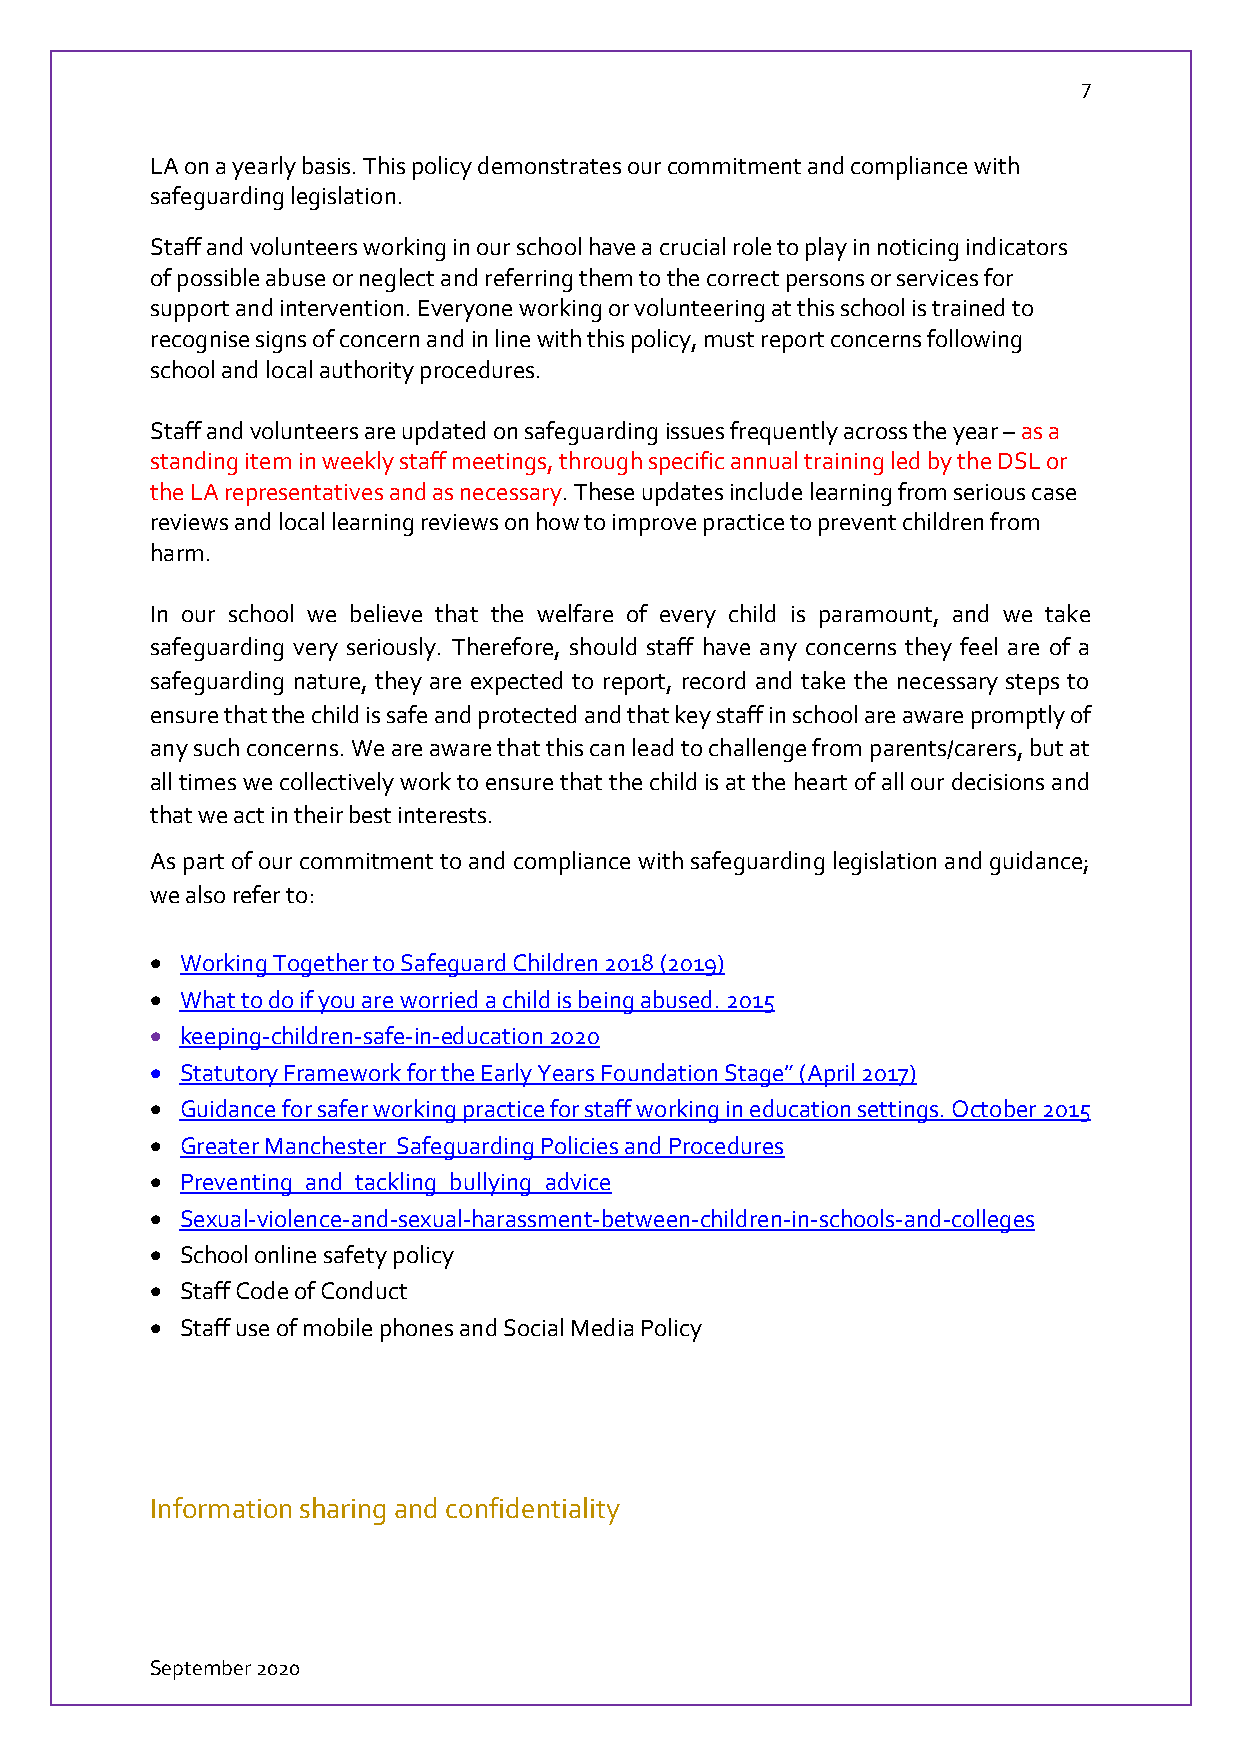
7
 LA on a yearly basis. This policy demonstrates our commitment and compliance with
 safeguarding legislation.
 Staff and volunteers working in our school have a crucial role to play in noticing indicators
 of possible abuse or neglect and referring them to the correct persons or services for
 support and intervention. Everyone working or volunteering at this school is trained to
 recognise signs of concern and in line with this policy, must report concerns following
 school and local authority procedures.
 Staff and volunteers are updated on safeguarding issues frequently across the year – as a
 standing item in weekly staff meetings, through specific annual training led by the DSL or
 the LA representatives and as necessary. These updates include learning from serious case
 reviews and local learning reviews on how to improve practice to prevent children from
 harm.
 In our school we believe that the welfare of every child is paramount, and we take
 safeguarding very seriously. Therefore, should staff have any concerns they feel are of a
 safeguarding nature, they are expected to report, record and take the necessary steps to
 ensure that the child is safe and protected and that key staff in school are aware promptly of
 any such concerns. We are aware that this can lead to challenge from parents/carers, but at
 all times we collectively work to ensure that the child is at the heart of all our decisions and
 that we act in their best interests.
 As part of our commitment to and compliance with safeguarding legislation and guidance;
 we also refer to:
  Working Together to Safeguard Children 2018 (2019)
  What to do if you are worried a child is being abused. 2015
  keeping-children-safe-in-education 2020
  Statutory Framework for the Early Years Foundation Stage” (April 2017)
  Guidance for safer working practice for staff working in education settings. October 2015
  Greater Manchester Safeguarding Policies and Procedures
  Preventing_and_tackling_bullying_advice
  Sexual-violence-and-sexual-harassment-between-children-in-schools-and-colleges
  School online safety policy
  Staff Code of Conduct
  Staff use of mobile phones and Social Media Policy
 Information sharing and confidentiality
 September 2020